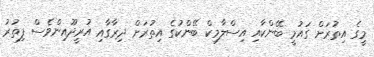
މީގެ އިތުރަށް ގައުމީ ބޭންކާއި އިސްލާމިކް ބޭންކުގެ އިތުރަށް ދިރާގާއި އުރީދޫއިންވެސް ފިތުރު